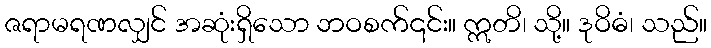
ဇရာမရဏလျှင် အဆုံးရှိသော ဘဝစက်၎င်း။ ဣတိ၊ သို့။ ဒုဝိဓံ၊ သည်။